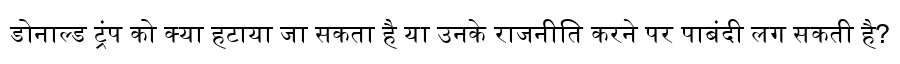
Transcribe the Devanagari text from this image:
डोनाल्ड ट्रंप को क्या हटाया जा सकता है या उनके राजनीति करने पर पाबंदी लग सकती है?